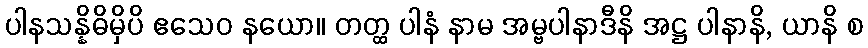
ပါနသန္နိဓိမှိပိ ဧသေဝ နယော။ တတ္ထ ပါနံ နာမ အမ္ဗပါနာဒီနိ အဋ္ဌ ပါနာနိ, ယာနိ စ